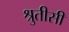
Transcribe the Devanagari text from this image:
श्रुतीसी